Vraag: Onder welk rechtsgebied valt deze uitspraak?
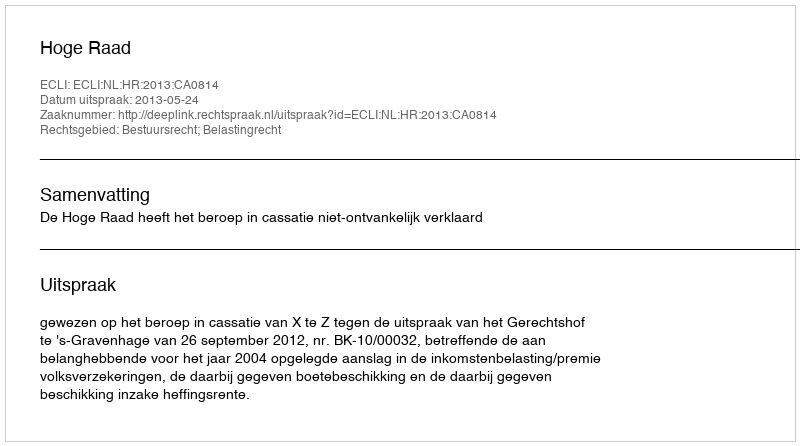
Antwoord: Bestuursrecht; Belastingrecht